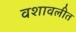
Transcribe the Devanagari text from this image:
वशावलीत